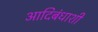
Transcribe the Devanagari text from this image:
आदिबंधाशी